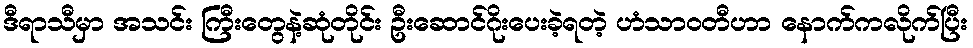
ဒီရာသီမှာ အသင်း ကြီးတွေနဲ့ဆုံတိုင်း ဦးဆောင်ဂိုးပေးခဲ့ရတဲ့ ဟံသာဝတီဟာ နောက်ကလိုက်ပြီး